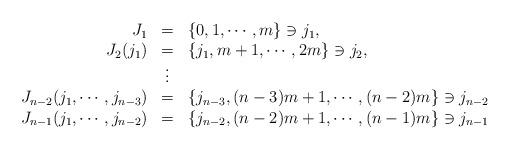
LaTeX: \begin{align*}\begin{array}{rcl}J_1 & = & \{0, 1, \cdots , m \} \ni j_1, \\J_2 (j_1) & = & \{ j_1 , m+1, \cdots , 2m \} \ni j_2, \\& \vdots & \\J_{n-2} (j_1 , \cdots , j_{n-3} )& = & \{ j_{n-3}, (n-3)m+1, \cdots , (n-2)m \} \ni j_{n-2} \\J_{n-1} (j_1 , \cdots , j_{n-2} )& = & \{ j_{n-2}, (n-2)m+1, \cdots , (n-1)m \} \ni j_{n-1} \\\end{array}\end{align*}